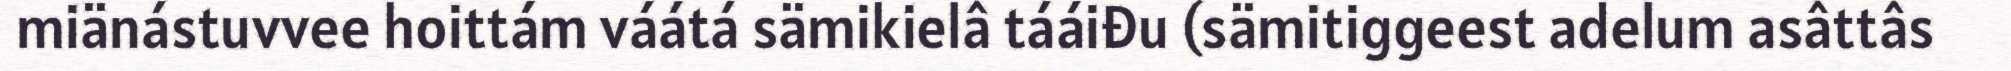
miänástuvvee hoittám váátá sämikielâ tááiđu (sämitiggeest adelum asâttâs